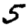
Digit: 5